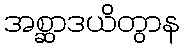
အစ္ဆာဒယိတွာန